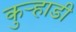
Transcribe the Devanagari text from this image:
कुर्‍हाडी